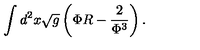
\int d ^ { 2 } x \sqrt { g } \left( \Phi R - \frac { 2 } { \Phi ^ { 3 } } \right) .